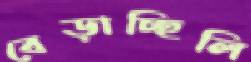
বেড়াচ্ছিলি